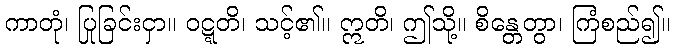
ကာတုံ၊ ပြုခြင်းငှာ။ ဝဋ္ဋတိ၊ သင့်၏။ ဣတိ၊ ဤသို့။ စိန္တေတွာ၊ ကြံစည်၍။